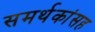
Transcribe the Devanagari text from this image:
समर्थकांसह